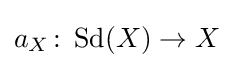
a_{X}\colon \operatorname {Sd} (X)\rightarrow X